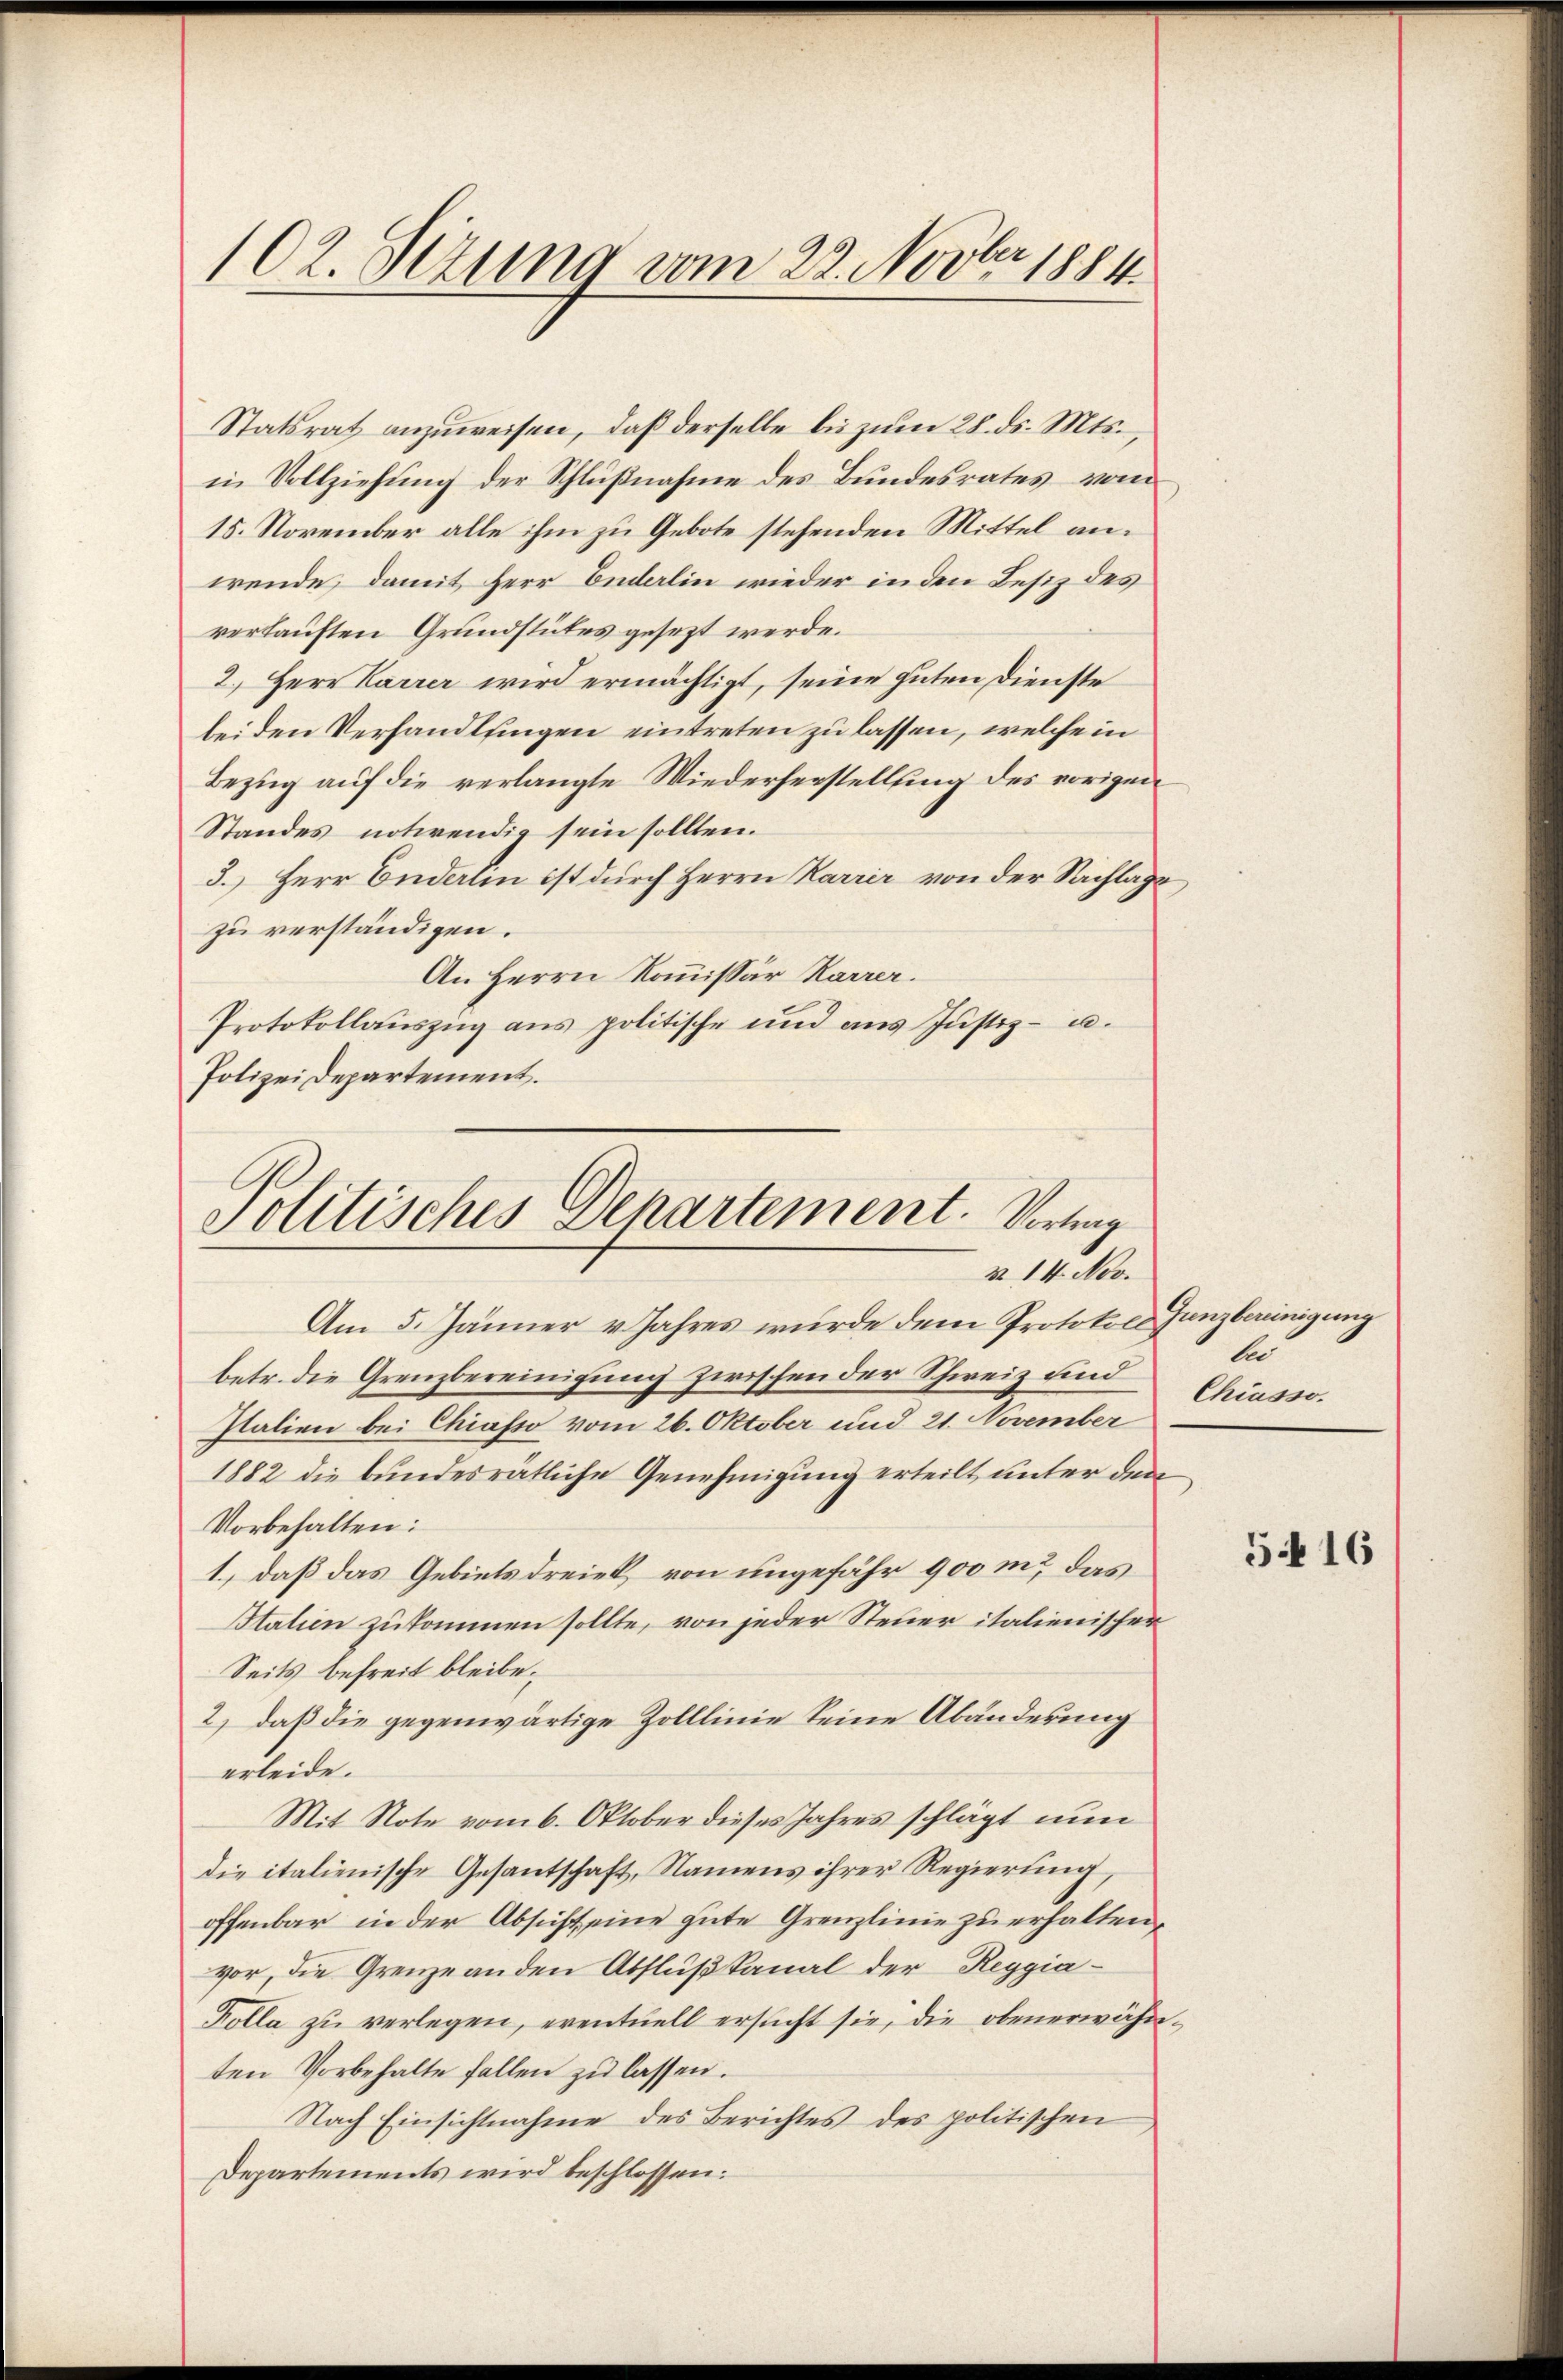
102. Setzung vom 22. Novber 1884.

Statsrat anzuweisen, daß derselbe bei zum 28. ds. Mts.,
in Vollziehung der Schlußnahme des Bundesrates vom
15. November alle ihm zu Gebote stehenden Mittel anwende, damit Herr Ondalin wieder in den Besiz des
verkauften Grundstutes gesezt werde.
2.) Herr Karrer wird ermächtigt, seine guten Dienste
bei den Verhandlungen eintreten zu lassen, welche in
Bezug auf die verlangte Wiederherstellung des vorigen
Standes notwendig sein sollten.
3.) Herr Bidelin ist durch Herrn Karrer von der Sachlage
zu verständigen.
An Herrn Kommissär Karrer.
Protokollauszug aus politische und ans Justiz- u.
Polizei Departement.

Politisches Departement. Vortig
§ 14. Nov.

Am 5. Jänner v. Jahres wurde dem Protokoll Janzbereinigung
betr. die Grenzbereinigung zwischen der Schweiz und
Italien bei Chiasso vom 26. Oktober und 21. November
1882 die bundesrätliche Genehmigung erteilt unter den
Vorbehalten:
1., daß das Gebiets dreiet von ungefähr 900 m das
Station zukommen sollte, von jeder Steuer italienischer
Seits befreit bleibe.
2) daß die gegenwärtige Zolllinie keine Abänderung
erleide.
Mit Note vom 6. Oktober dieses Jahres schlägt nun
die italienische Gesantschaft, Namens ihrer Regierung,
offenbar in der Absicht eine gute Grenzlinie zu erhalten,
vor, die Grenze anden Abflußkanal der Reggia¬
Kolla zu verlegen, eventuell ersŭcht sie, die obenerwähnten Vorbehalte fallen zŭ lassen.
Nach Einsichtnahme des Berichtes des politischen
Departements wird beschlossen:

lid
Chiasso.

5416